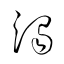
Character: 濁